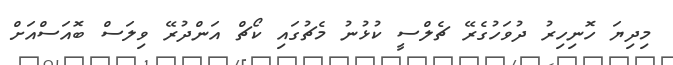
މިދިޔަ ހޮނިހިރު ދުވަހުގެރޭ ޗެލްސީ ކުޅުނު މެޗުގައި ކޯޗް އަންދުރޭ ވިލަސް ބޮއަސްއަށް